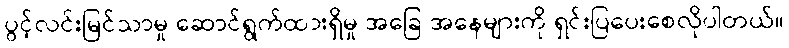
ပွင့်လင်းမြင်သာမှု ဆောင်ရွက်ထားရှိမှု အခြေ အနေများကို ရှင်းပြပေးစေလိုပါတယ်။